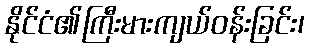
နိုင်ငံ၏ကြီးမားကျယ်ဝန်းခြင်း၊